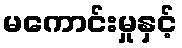
မကောင်းမှုနှင့်